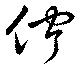
佇